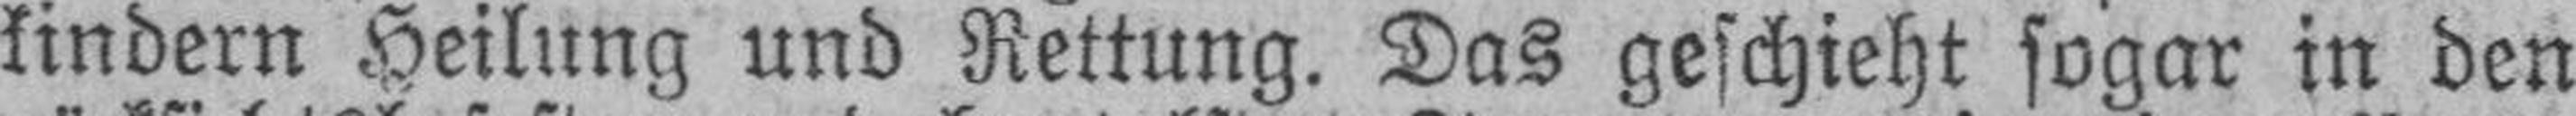
kindern Heilung und Rettung. Das geschieht sogar in den